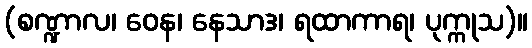
(စဏ္ဍာလ၊ ဝေန၊ နေသာဒ၊ ရထာကာရ၊ ပုက္ကုသ)။